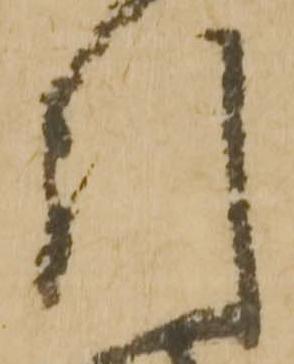
引